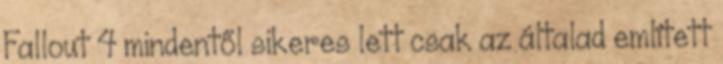
Fallout 4 mindentől sikeres lett csak az általad említett